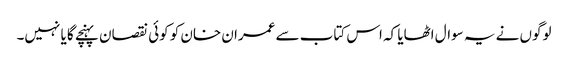
لوگوں نے یہ سوال اٹھایا کہ اس کتاب سے عمران خان کو کوئی نقصان پہنچے گا یا نہیں۔